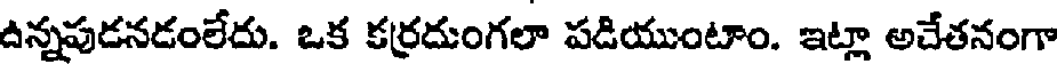
ఉన్నపుడనడంలేదు. ఒక కర్రదుంగలా పడియుంటాం. ఇట్లా అచేతనంగా